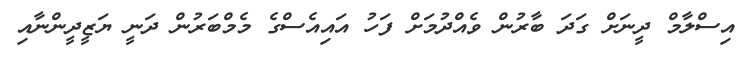
އިސްލާމް ދީނަށް ގަދަ ބާރުން ވެއްދުމަށް ފަހު އައިއެސްގެ މެމްބަރުން ދަނީ ޔަޒީދީންނާއި